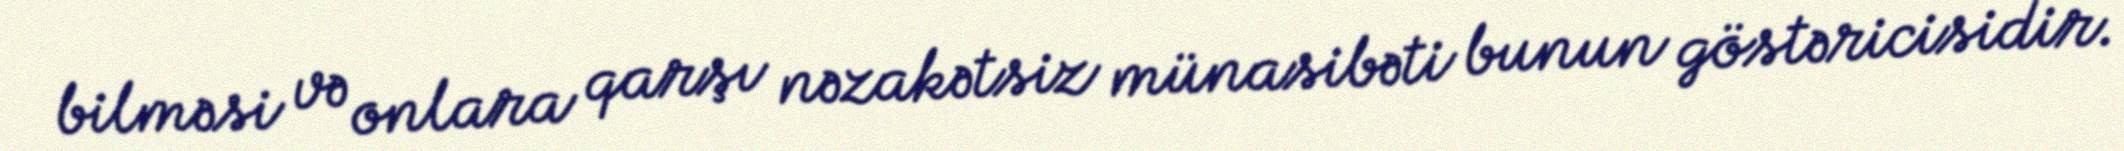
bilməsi və onlara qarşı nəzakətsiz münasibəti bunun göstəricisidir.